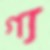
গ্য